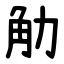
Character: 觔